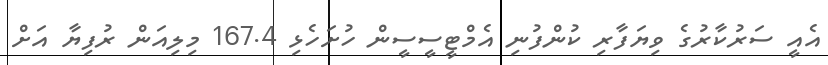
އެއީ ސަރުކާރުގެ ވިޔަފާރި ކުންފުނި އެމްޓީސީސީން ހުށަހެޅި 167.4 މިލިއަން ރުފިޔާ އަށް